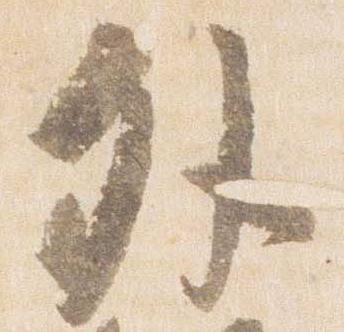
外